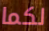
لكما